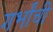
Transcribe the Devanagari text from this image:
गर्भांची